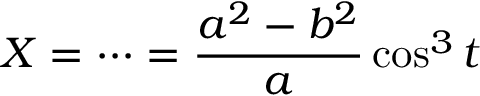
X = \cdots = { \frac { a ^ { 2 } - b ^ { 2 } } { a } } \cos ^ { 3 } t